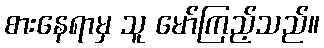
စားနေရာမှ သူ မော်ကြည့်သည်။